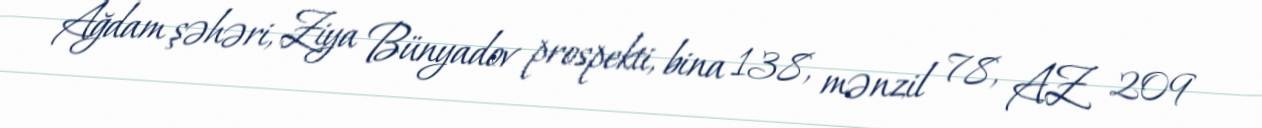
Ağdam şəhəri, Ziya Bünyadov prospekti, bina 138, mənzil 78, AZ 209